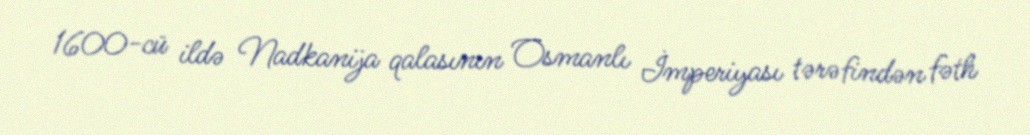
1600-cü ildə Nadkanija qalasının Osmanlı İmperiyası tərəfindən fəth